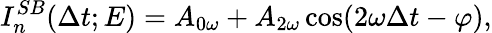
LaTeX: I_{n}^{SB}(\Delta t;E)=A_{0\omega}+A_{2\omega}\cos(2\omega\Delta t-\varphi),